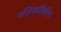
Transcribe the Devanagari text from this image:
नलिकाविहीन